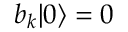
b _ { k } | 0 \rangle = 0